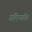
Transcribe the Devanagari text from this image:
गमिष्यति।